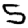
Digit: 5